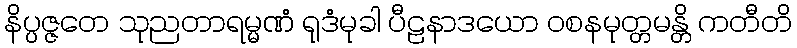
နိပ္ပဇ္ဇတေ သုညတာရမ္မဏံ ရုဒံမုခါ ပီဠနာဒယော ဝစနမုတ္တမန္တိ ကတီတိ